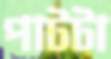
পাটটা